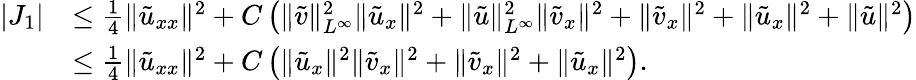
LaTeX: \begin{array}{rl}{|J_{1}|}&{\le\frac 14\| \tilde{u}_{xx}\| ^{2}+C\left(\| \tilde{v}\| _{L^{\infty}}^{2}\| \tilde{u}_{x}\| ^{2}+\| \tilde{u}\| _{L^{\infty}}^{2}\| \tilde{v}_{x}\| ^{2}+\| \tilde{v}_{x}\| ^{2}+\| \tilde{u}_{x}\| ^{2}+\| \tilde{u}\| ^{2}\right)}\\ &{\le\frac 14\| \tilde{u}_{xx}\| ^{2}+C\left(\| \tilde{u}_{x}\| ^{2}\| \tilde{v}_{x}\| ^{2}+\| \tilde{v}_{x}\| ^{2}+\| \tilde{u}_{x}\| ^{2}\right).}\end{array}